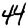
Digit: 4